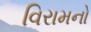
વિરામનો